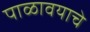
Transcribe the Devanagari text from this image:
पाळावयाचे